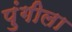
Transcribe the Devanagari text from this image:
पुंगीला